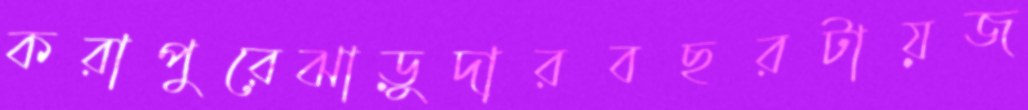
করাপুরেঝাড়ুদারবছরটায়জ